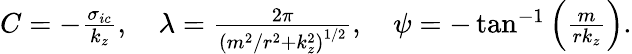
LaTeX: \begin{array}{r}{C=-\frac{\sigma_{ic}}{k_{z}},\quad\lambda=\frac{2\pi}{\left(m^{2}/r^{2}+k_{z}^{2}\right)^{1/2}},\quad\psi=-\tan^{-1}\left({\frac{m}{rk_{z}}}\right).}\end{array}